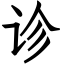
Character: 诊